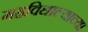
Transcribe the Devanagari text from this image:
महविद्याल्याच्या